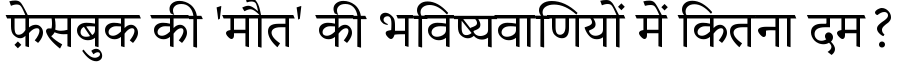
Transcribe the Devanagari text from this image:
फ़ेसबुक की 'मौत' की भविष्यवाणियों में कितना दम?